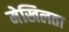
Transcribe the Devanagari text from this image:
मेखिलता